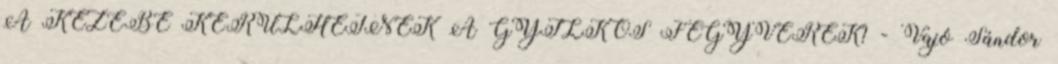
A KEZÉBE KERÜLHETNEK A GYILKOS FEGYVEREK? - Vajó Sándor